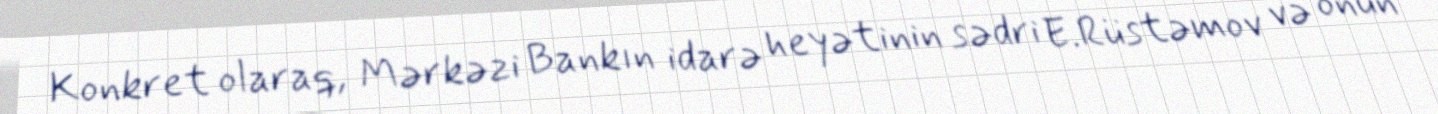
Konkret olaraq, Mərkəzi Bankın idarə heyətinin sədri E.Rüstəmov və onun